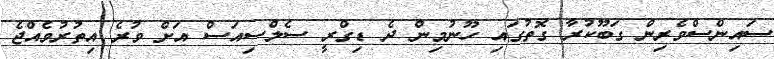
ސައިންސްވެރިން ގަބޫކުރާ ގޮތުގައި ހޫނުމިން ދެ ޑިގްރީ ސެލްސިއަސް އަށް ވުރެ އިތުރުވެއްޖެ